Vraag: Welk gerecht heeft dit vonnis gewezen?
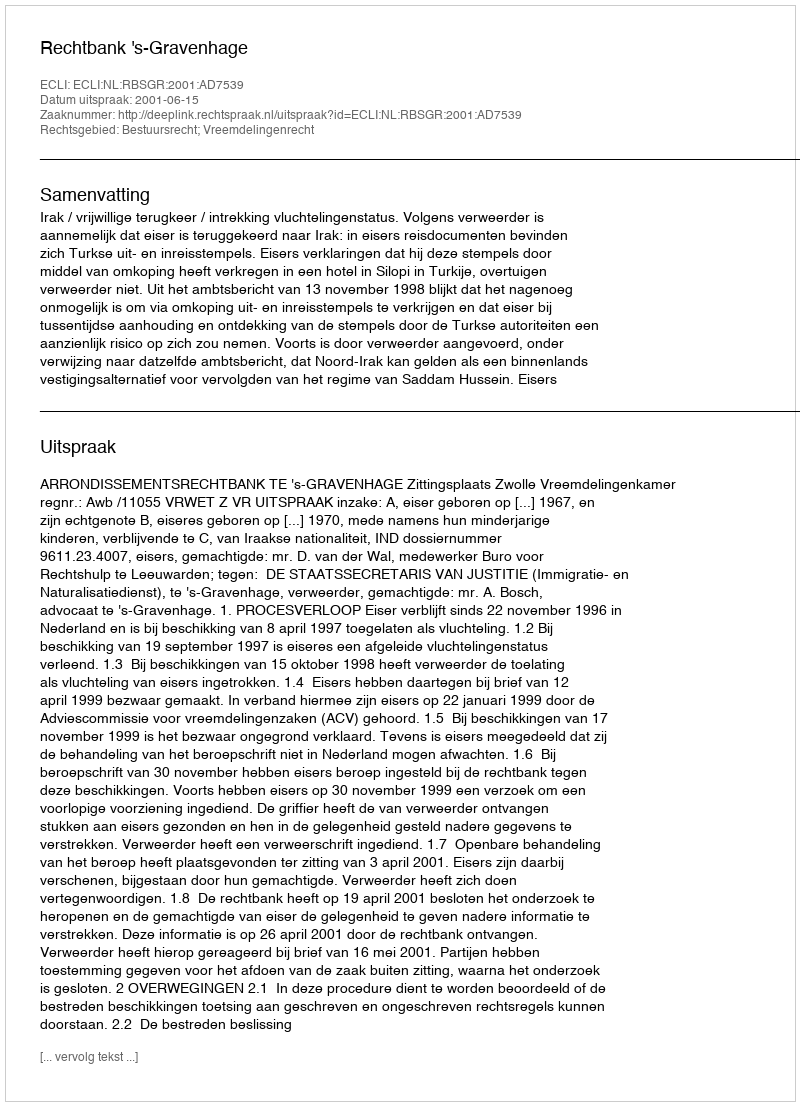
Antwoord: Rechtbank 's-Gravenhage